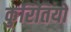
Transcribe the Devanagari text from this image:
कुरितियों